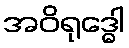
အဝိရုဒ္ဓေါ